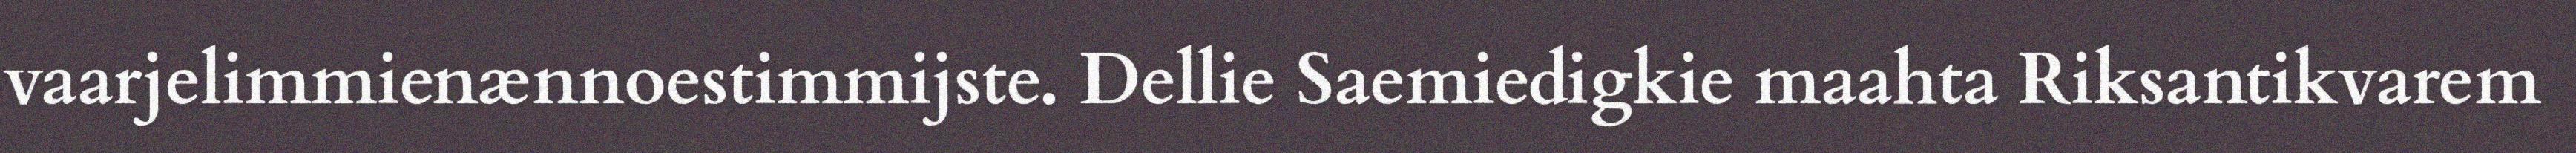
vaarjelimmienænnoestimmijste. Dellie Saemiedigkie maahta Riksantikvarem